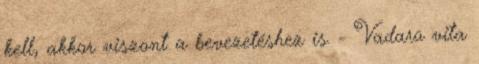
kell, akkor viszont a bevezetéshez is. - Vadaro vita